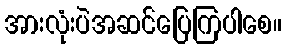
အားလုံးပဲအဆင်ပြေကြပါစေ။